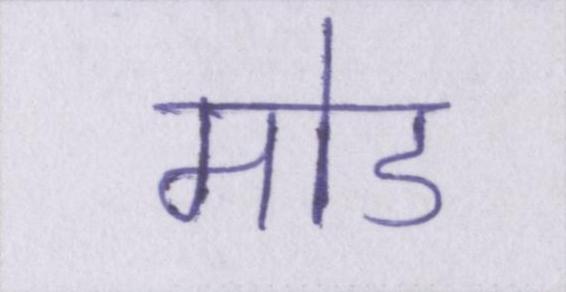
मोड